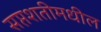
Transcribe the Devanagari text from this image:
सप्तशतीमधील